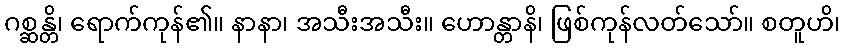
ဂစ္ဆန္တိ၊ ရောက်ကုန်၏။ နာနာ၊ အသီးအသီး။ ဟောန္တာနိ၊ ဖြစ်ကုန်လတ်သော်။ စတူဟိ၊